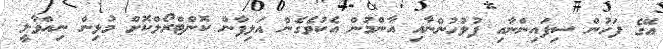
އޭގެ ފަހުން ސިފައިންނާއި ފުލުހުންނާއި އާންމުން އެކުވެގެން އަލިފާން ކޮންޓްރޯލްކޮށް މުޅިން ނިއްވާލީ